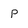
Character: P